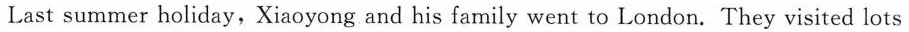
Last summer holiday,Xiaoyong and his family went to London. They visited lots